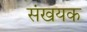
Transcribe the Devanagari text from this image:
संखयक